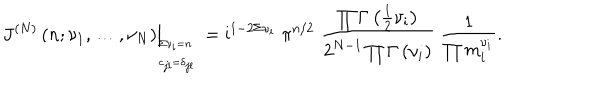
LaTeX: \left. \; J ^ { ( N ) } \left( n ; \nu _ { 1 } , \ldots , \nu _ { N } \right) \right| _ { \begin{array} { l } { { { } _ { \! \! \Sigma \nu _ { i } = n } } } \\ { { { } ^ { \! \! c _ { j l } = \delta _ { j l } } } } \\ \end{array} } = \mathrm { i } ^ { 1 - 2 \Sigma \nu _ { i } } \; \pi ^ { n / 2 } \; \frac { \prod \Gamma \left( { \textstyle { \frac { 1 } { 2 } } } \nu _ { i } \right) } { 2 ^ { N - 1 } \prod \Gamma \left( \nu _ { i } \right) } \; \frac { 1 } { \prod m _ { i } ^ { \nu _ { i } } } .